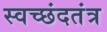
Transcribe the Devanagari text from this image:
स्वच्छंदतंत्र